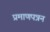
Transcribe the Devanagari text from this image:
प्रमाणपत्रन